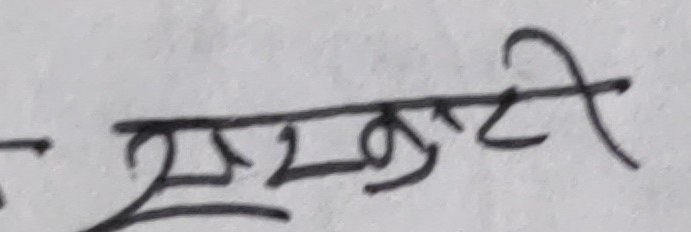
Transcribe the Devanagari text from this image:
समेटटी